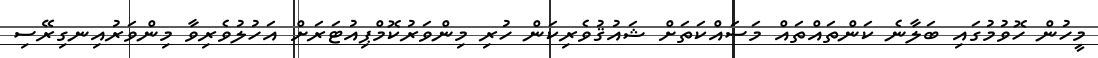
މީހުން ހޮވުމުގައި ބަލާނެ ކަންތައްތައް މަސައްކަތަށް ޝައުޤުވެރިކަން ހުރި މިންވަރުކޮމްޕިއުޓަރަށް އަހުލުވެރިވާ މިންވަރުއިނގިރޭސި